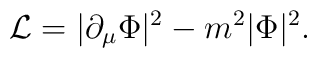
{\cal L} = |\partial_\mu \Phi|^2 - m^2 |\Phi|^2 .